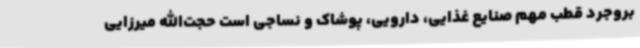
بروجرد قطب مهم صنایع غذایی، دارویی، پوشاک و نساجی است حجت‌الله میرزایی